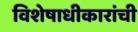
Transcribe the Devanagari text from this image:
विशेषाधीकारांची